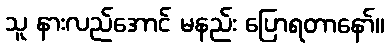
သူ နားလည်အောင် မနည်း ပြောရတာနော်။